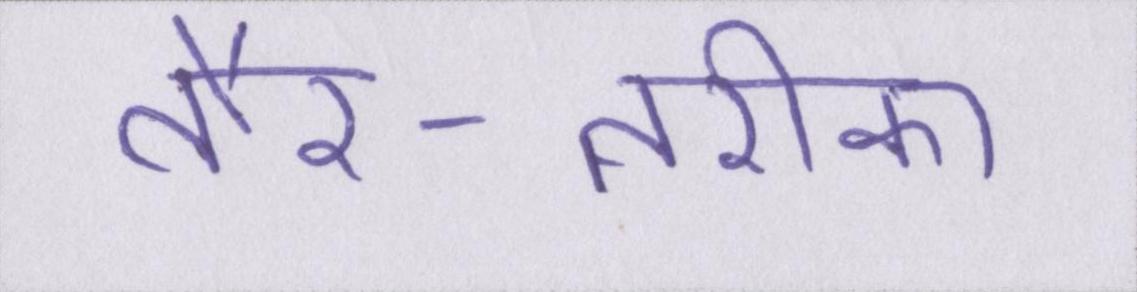
तौर-तरीका